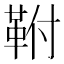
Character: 𮧖